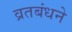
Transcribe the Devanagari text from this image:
व्रतबंधने